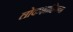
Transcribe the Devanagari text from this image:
लोकशाहिराचा